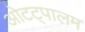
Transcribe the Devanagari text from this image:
ओटट्पालम